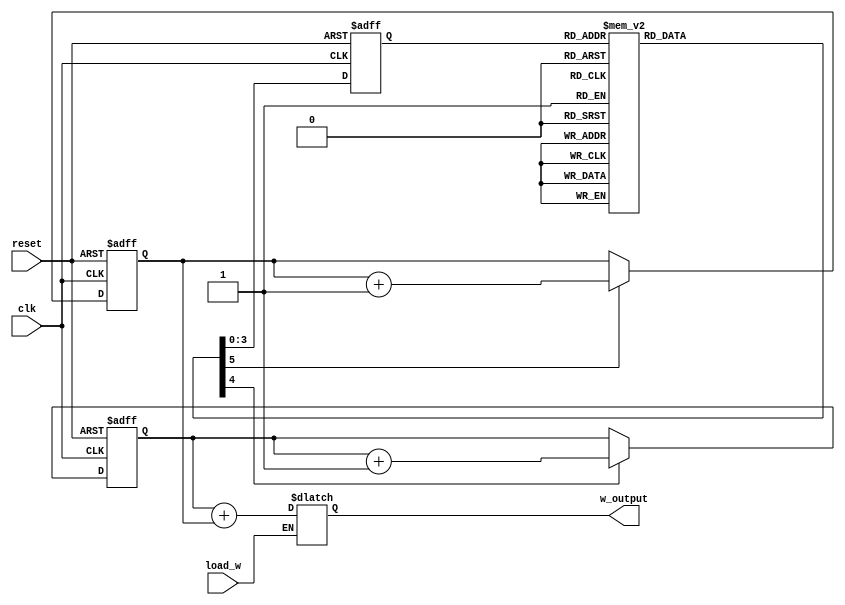
module controlled_counter (
    input clk,reset,load_w,
    output reg[4:0] w_output      //
);

//FSM 
reg[3:0] current_state,next_state;

reg cp1,cp2;    //counter1counter2()

reg[3:0] count1,count2; //counter1counter2

always @(negedge clk or negedge reset) begin
    if(reset==1'b0)
    begin
        //reset
        count1 <= 4'h0;
        count2 <= 4'h0;
        current_state <= 4'b0; 
    end
    else 
    begin
        //cp=1
        if(cp1) count1 <= count1+1;
        if(cp2) count2 <= count2+1;
        current_state <= next_state;
    end
end

//Wload_w=1
always @(load_w or count1 or count2) begin
    w_output = load_w? count1+count2 : w_output;
end

always @(*) begin
    case (current_state)
        4'h0:  
        begin
            next_state=4'h1;
            cp1=1;
            cp2=1;
        end
        4'h1:  
        begin
            next_state=4'h2;
            cp1=1;
            cp2=1;
        end
        4'h2:  
        begin
            next_state=4'h3;
            cp1=1;
            cp2=1;
        end
        4'h3:  
        begin
            next_state=4'h4;
            cp1=1;
            cp2=1;
        end
        4'h4:  
        begin
            next_state=4'h5;
            cp1=1;
            cp2=0;  //counter24
        end
        4'h5:  
        begin
            next_state=4'h6;
            cp1=1;
            cp2=0;
        end
        4'h6:  
        begin
            next_state=4'h7;
            cp1=1;
            cp2=0;
        end
        4'h7:  
        begin
            next_state=4'h8;
            cp1=1;
            cp2=0;
        end
        4'h8:  
        begin
            next_state=4'h9;
            cp1=1;
            cp2=0;
        end
        4'h9:  
        begin
            next_state=4'h9;
            cp1=0;  //counter19
            cp2=0;
        end
        default: 
        begin
            next_state=4'h0;  //0
            cp1=0;
            cp2=0;
        end
    endcase
    
end
endmodule